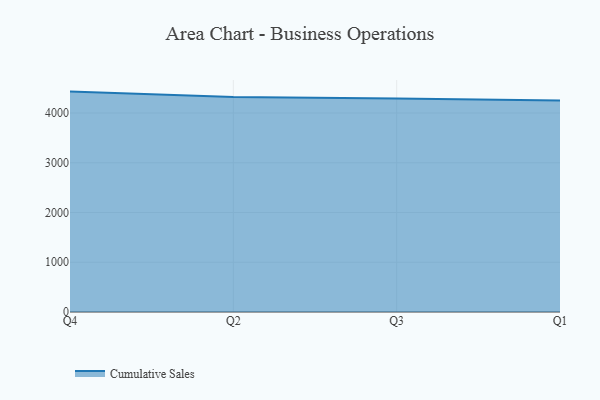
{"axis": {"x": "Quarter", "y": "Energy Usage (MWh)"}, "legend": ["Cumulative Sales"], "data": [{"x": "Q4", "y": 4431.1, "type": "Cumulative Sales"}, {"x": "Q2", "y": 4322.9, "type": "Cumulative Sales"}, {"x": "Q3", "y": 4293.2, "type": "Cumulative Sales"}, {"x": "Q1", "y": 4250.8, "type": "Cumulative Sales"}]}